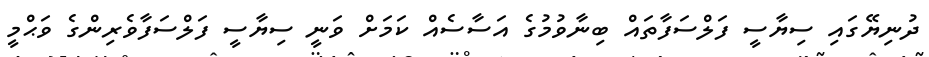
ދުނިޔޭގައި ސިޔާސީ ފަލްސަފާތައް ބިނާވުމުގެ އަސާސެއް ކަމަށް ވަނީ ސިޔާސީ ފަލްސަފާވެރިންގެ ވަޙްމީ